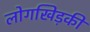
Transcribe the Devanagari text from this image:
लोगखिड़की